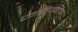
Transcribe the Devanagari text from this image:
प्रगतिप्रवर्तक